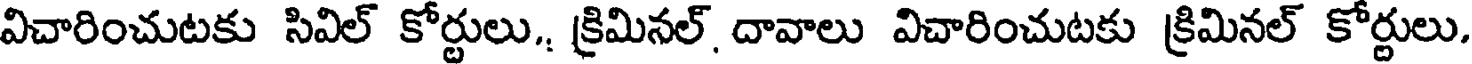
విచారించుటకు సివిల్ కోర్టులు., క్రిమినల్, దావాలు విచారించుటకు క్రిమినల్ కోర్టులు.